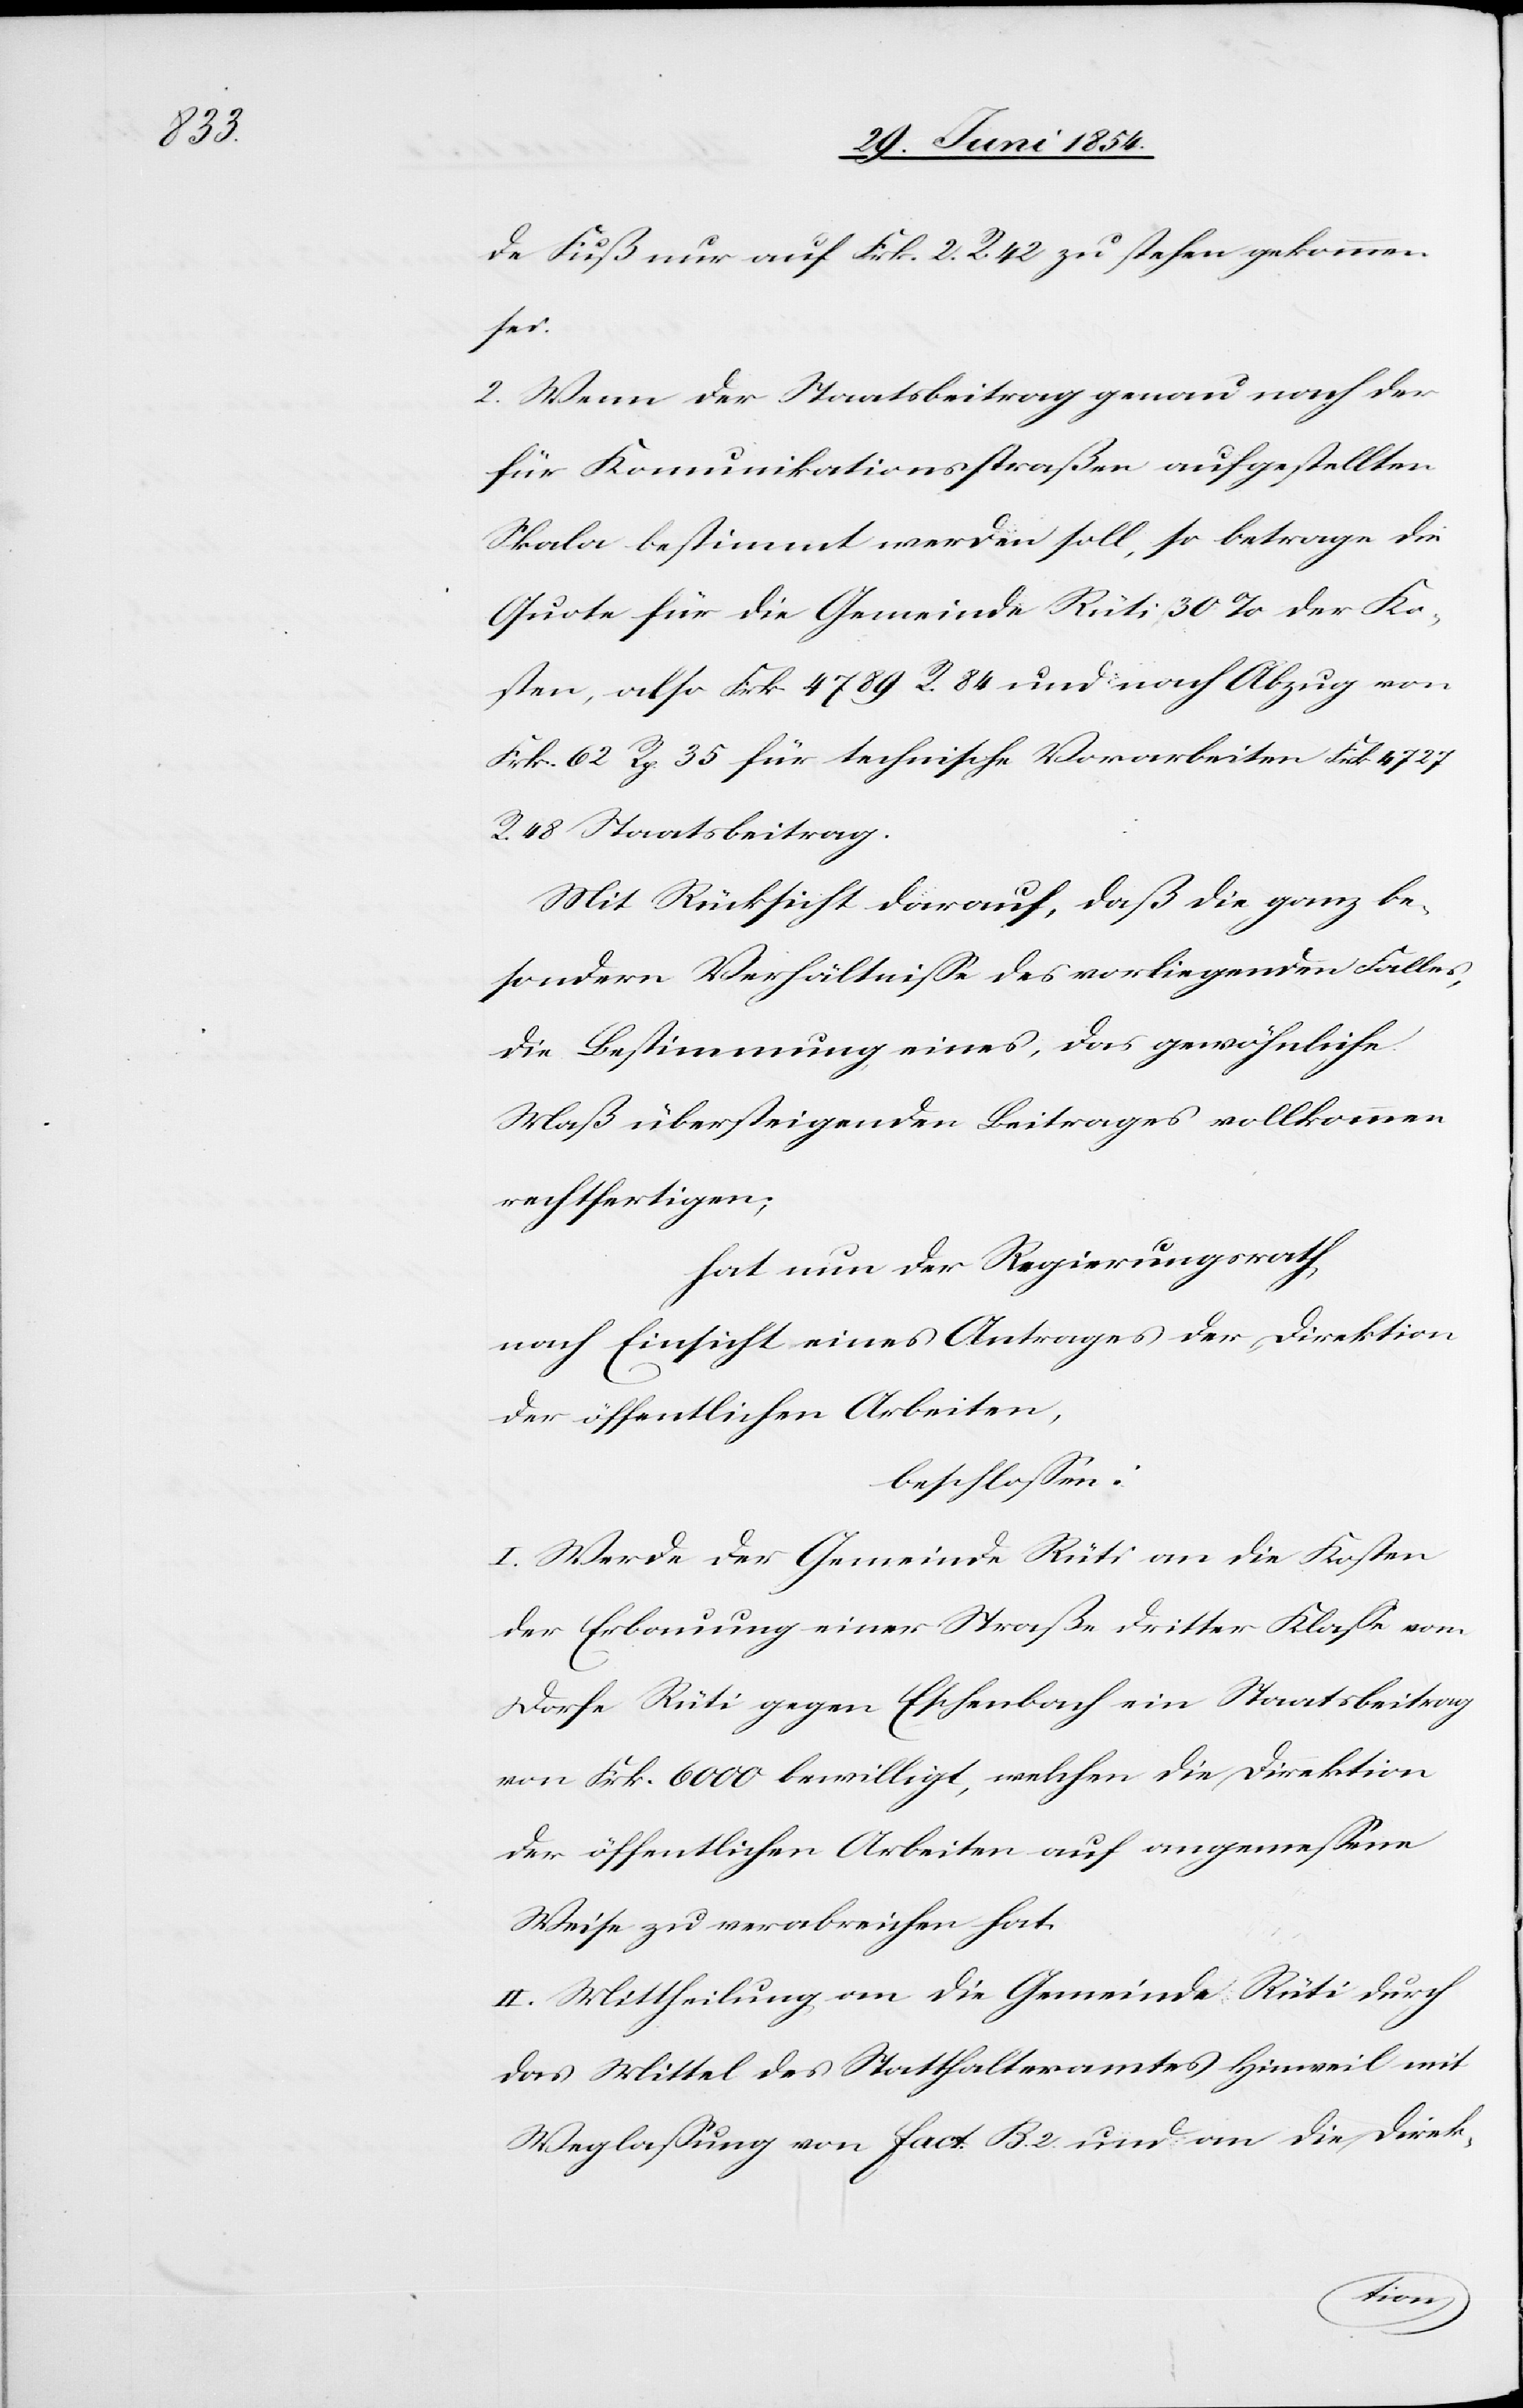
de Fuß nur auf Frk. 2 R. 42 zu stehen gekommen
sei.
2. Wenn der Staatsbeitrag genau nach der
für Kommunikationsstraßen aufgestellten
Skala bestimmt werden soll, so betrage die
Quote für die Gemeinde Rüti 30 % der Ko¬
sten, also Frk. 4789 R. 84 und nach Abzug von
Frk. 62 Rp. 35 für technische Vorarbeiten Frk. 4727
R. 48 Staatsbeitrag.
Mit Rücksicht darauf, daß die ganz be¬
sondern Verhältniße des vorliegenden Falles,
die Bestimmung eines, das gewöhnliche
Maß übersteigenden Beitrages vollkommen
rechtfertigen;
hat nun der Regierungsrath
nach Einsicht eines Antrages der Direktion
der öffentlichen Arbeiten,
beschloßen:
I. Werde der Gemeinde Rüti an die Kosten
der Erbauung einer Straße dritter Klaße vom
Dorfe Rüti gegen Eschenbach ein Staatsbeitrag
von Frk. 6000 bewilligt, welchen die Direktion
der öffentlichen Arbeiten auf angemeßene
Weise zu verabreichen hat.
II. Mittheilung an die Gemeinde Rüti durch
das Mittel des Statthalteramtes Hinweil mit
Weglaßung von fact. B. 2. und an die Direk-